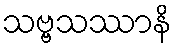
သဗ္ဗသဿာနိ